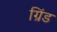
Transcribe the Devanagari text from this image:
ग्रिंड